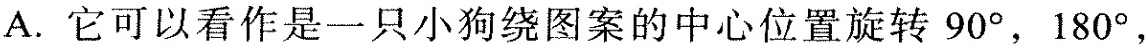
A.它可以看作是一只小狗绕图案的中心位置旋转90°，180°，